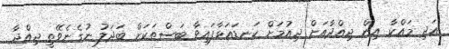
އަދި މައްކާ އިން ޖިއްދާއަށް ދިއުމަށް ކަނޑައަޅާފައިވާ ބަސްތަކަށް ބަދަލު ނުގެނެވޭތީ ޖިއްދާ